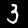
Label: 3